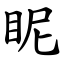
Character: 眤